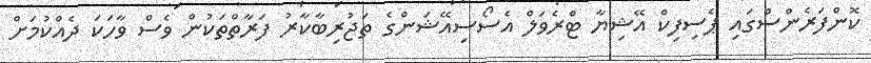
ކޮންފަރެންސްގައި ޕެސިފިކް އޭޝިޔާ ޓްރެވަލް އެސޯސިއޭޝަންގެ ތަޖުރިބާކާރު ފަރާތްތަކުން ވެސް ވާހަކަ ދެއްކުމަށް